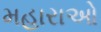
મહારાઓ